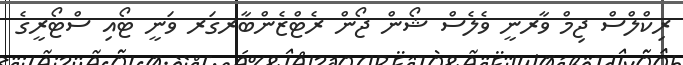
ރިކްލްސް ޖިމް ވާރނީ ވެލެސް ޝޯން ޖޯން ރެޓްޒެންބާރގަރ ވަނީ ޓޯއި ސްޓޯރީގެ